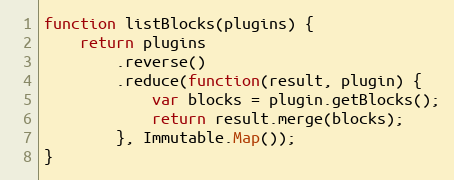
Language: JavaScript
function listBlocks(plugins) {
    return plugins
        .reverse()
        .reduce(function(result, plugin) {
            var blocks = plugin.getBlocks();
            return result.merge(blocks);
        }, Immutable.Map());
}